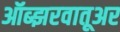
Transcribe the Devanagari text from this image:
ऑब्झरवातूअर